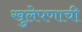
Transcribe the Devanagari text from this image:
खुलेपणाची